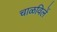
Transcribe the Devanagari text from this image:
चाळविलें